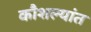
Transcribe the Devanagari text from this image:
कौशल्यांत